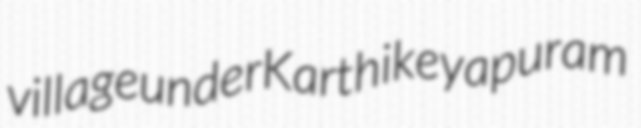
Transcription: village under Karthikeyapuram